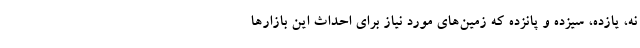
نه، یازده، سیزده و پانزده که زمین‌های مورد نیاز برای احداث این بازارها